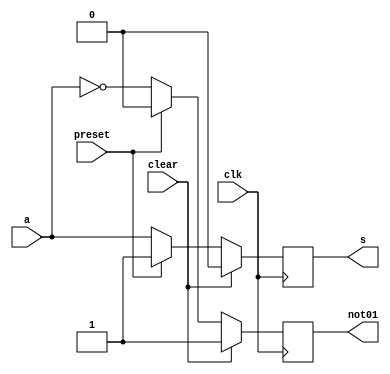
// ------------------------- 
// fliflop02.v  
// Nome: Julio Machado
// ------------------------- 

//-------------
//--Circuitos sequenciais - Flip-Flops 
//-------------

module fliflop ( s,not01,a,clk,preset,clear);

output s, not01;
input a, clk, preset, clear;

reg s, not01;

always @( posedge clk )
begin
 if ( clear == 1 )
  begin
   s = 0; 	not01 = 1;
  end
 else
  begin
 if ( preset == 1 )
  begin
   s = 1; 	not01 = 0;
  end
 else
  begin
   s = a; 	not01 = ~s;
  end
  end
end

endmodule //--fliflop


//-------------teste module
module test_flilop;

reg data;
reg clk;
reg preset, clear;
wire a01;
wire a02;
wire a03;
wire b;

fliflop flip01  (a01, b, b, clk, preset, clear );
fliflop flip02  (a02, b, c, clk, preset, clear );
fliflop flip03  (a03, b, d, clk, preset, clear );


initial begin
	$display("Flip-Flop - Julio Machado - 435666");
	
	data = 1; clk = 1; preset = 0; clear = 1;
#1	$display("\n%b %b %b %b %b",a01 , a02, a03);
	data = 0; clk = 2; preset = 0; clear = 0;
#1	$display("\n%b %b %b %b %b",a01,a02,a03);
	data = 1; clk = 3;


end

endmodule // test_fliflop